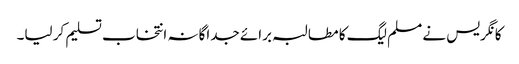
کانگریس نے مسلم لیگ کا مطالبہ برائے جداگانہ انتخاب تسلیم کر لیا۔